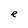
Character: e